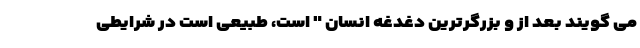
می گویند بعد از و بزرگرترین دغدغه انسان " است، طبیعی است در شرایطی